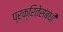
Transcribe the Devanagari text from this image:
प्रक्रितेसंबंधी